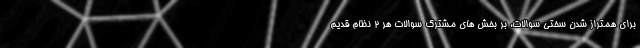
برای همتراز شدن سختی سوالات، بر بخش های مشترک سوالات هر ۲ نظام قدیم